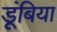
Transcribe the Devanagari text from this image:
डूंबिया